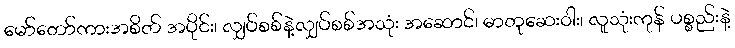
မော်တော်ကားအစိတ် အပိုင်း၊ လျှပ်စစ်နဲ့လျှပ်စစ်အသုံး အဆောင်၊ ဓာတုဆေးဝါး၊ လူသုံးကုန် ပစ္စည်းနဲ့